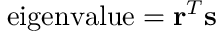
{ \mathrm { e i g e n v a l u e } } = \mathbf { r } ^ { T } \mathbf { s }